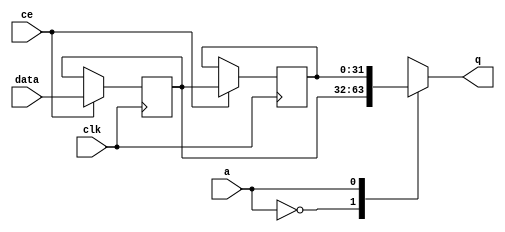
// This program was cloned from: https://github.com/mustafabbas/ECE1373_2016_hft_on_fpga
// License: MIT License

// ==============================================================
// File generated by Vivado(TM) HLS - High-Level Synthesis from C, C++ and SystemC
// Version: 2016.3
// Copyright (C) 1986-2016 Xilinx, Inc. All Rights Reserved.
// 
// ==============================================================


`timescale 1 ns / 1 ps

module udpLowercase_lb_mfYi_shiftReg (
    clk,
    data,
    ce,
    a,
    q);

parameter DATA_WIDTH = 32'd32;
parameter ADDR_WIDTH = 32'd1;
parameter DEPTH = 32'd2;

input clk;
input [DATA_WIDTH-1:0] data;
input ce;
input [ADDR_WIDTH-1:0] a;
output [DATA_WIDTH-1:0] q;

reg[DATA_WIDTH-1:0] SRL_SIG [0:DEPTH-1];
integer i;

always @ (posedge clk)
    begin
        if (ce)
        begin
            for (i=0;i<DEPTH-1;i=i+1)
                SRL_SIG[i+1] <= SRL_SIG[i];
            SRL_SIG[0] <= data;
        end
    end

assign q = SRL_SIG[a];

endmodule

module udpLowercase_lb_mfYi (
    clk,
    reset,
    if_empty_n,
    if_read_ce,
    if_read,
    if_dout,
    if_full_n,
    if_write_ce,
    if_write,
    if_din);

parameter MEM_STYLE = "auto";
parameter DATA_WIDTH = 32'd32;
parameter ADDR_WIDTH = 32'd1;
parameter DEPTH = 32'd2;

input clk;
input reset;
output if_empty_n;
input if_read_ce;
input if_read;
output[DATA_WIDTH - 1:0] if_dout;
output if_full_n;
input if_write_ce;
input if_write;
input[DATA_WIDTH - 1:0] if_din;

wire[ADDR_WIDTH - 1:0] shiftReg_addr ;
wire[DATA_WIDTH - 1:0] shiftReg_data, shiftReg_q;
wire                     shiftReg_ce;
reg[ADDR_WIDTH:0] mOutPtr = {(ADDR_WIDTH+1){1'b1}};
reg internal_empty_n = 0, internal_full_n = 1;

assign if_empty_n = internal_empty_n;
assign if_full_n = internal_full_n;
assign shiftReg_data = if_din;
assign if_dout = shiftReg_q;

always @ (posedge clk) begin
    if (reset == 1'b1)
    begin
        mOutPtr <= ~{ADDR_WIDTH+1{1'b0}};
        internal_empty_n <= 1'b0;
        internal_full_n <= 1'b1;
    end
    else begin
        if (((if_read & if_read_ce) == 1 & internal_empty_n == 1) && 
            ((if_write & if_write_ce) == 0 | internal_full_n == 0))
        begin
            mOutPtr <= mOutPtr -1;
            if (mOutPtr == 0)
                internal_empty_n <= 1'b0;
            internal_full_n <= 1'b1;
        end 
        else if (((if_read & if_read_ce) == 0 | internal_empty_n == 0) && 
            ((if_write & if_write_ce) == 1 & internal_full_n == 1))
        begin
            mOutPtr <= mOutPtr +1;
            internal_empty_n <= 1'b1;
            if (mOutPtr == DEPTH-2)
                internal_full_n <= 1'b0;
        end 
    end
end

assign shiftReg_addr = mOutPtr[ADDR_WIDTH] == 1'b0 ? mOutPtr[ADDR_WIDTH-1:0]:{ADDR_WIDTH{1'b0}};
assign shiftReg_ce = (if_write & if_write_ce) & internal_full_n;

udpLowercase_lb_mfYi_shiftReg 
#(
    .DATA_WIDTH(DATA_WIDTH),
    .ADDR_WIDTH(ADDR_WIDTH),
    .DEPTH(DEPTH))
U_udpLowercase_lb_mfYi_ram (
    .clk(clk),
    .data(shiftReg_data),
    .ce(shiftReg_ce),
    .a(shiftReg_addr),
    .q(shiftReg_q));

endmodule